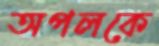
অপলকে